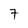
Character: 7